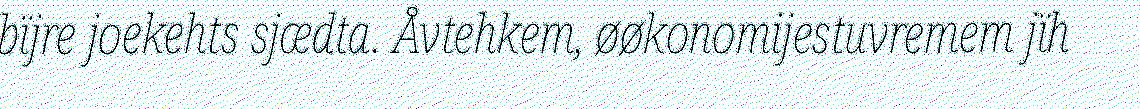
bïjre joekehts sjædta. Åvtehkem, øøkonomijestuvremem jïh